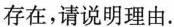
存在，请说明理由。